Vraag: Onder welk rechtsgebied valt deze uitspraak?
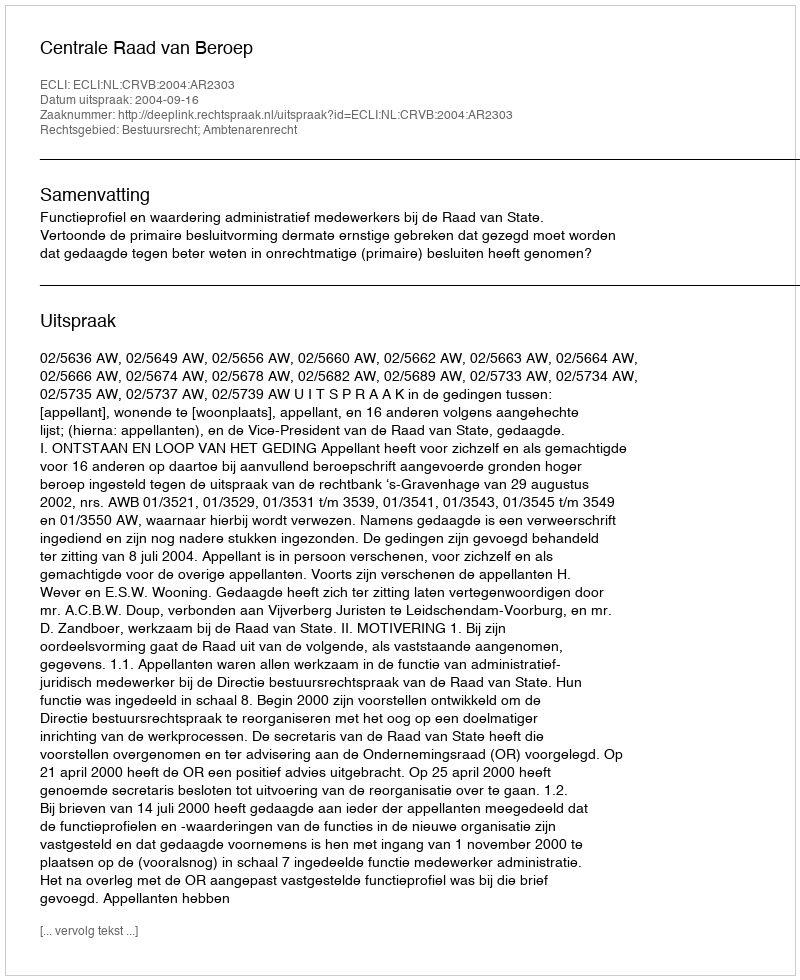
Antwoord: Bestuursrecht; Ambtenarenrecht